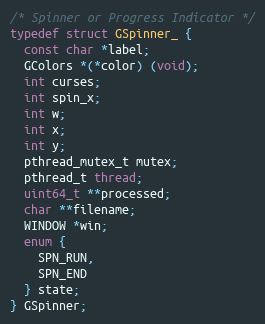
Language: C
/* Spinner or Progress Indicator */
typedef struct GSpinner_ {
  const char *label;
  GColors *(*color) (void);
  int curses;
  int spin_x;
  int w;
  int x;
  int y;
  pthread_mutex_t mutex;
  pthread_t thread;
  uint64_t **processed;
  char **filename;
  WINDOW *win;
  enum {
    SPN_RUN,
    SPN_END
  } state;
} GSpinner;